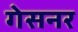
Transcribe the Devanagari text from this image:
गेसनर